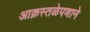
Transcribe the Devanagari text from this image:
आक्रस्तळेपणाने